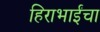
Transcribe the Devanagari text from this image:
हिराभाईंचा